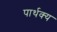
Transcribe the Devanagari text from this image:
पार्थक्‍य